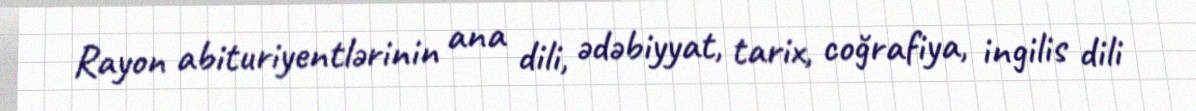
Rayon abituriyentlərinin ana dili, ədəbiyyat, tarix, coğrafiya, ingilis dili